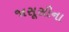
જાસૂસીના